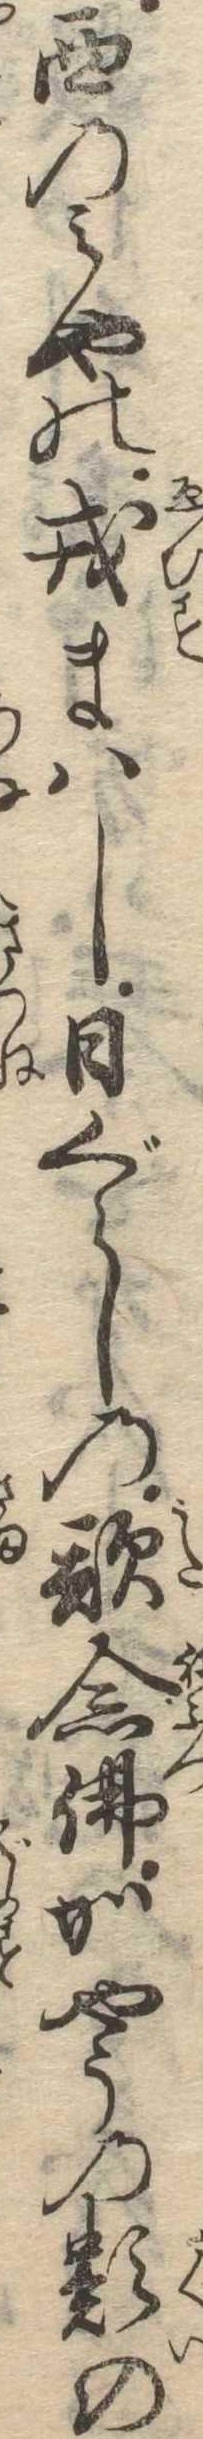
西のみやの戎まはし日ぐらしの歌念仏かやうの類の